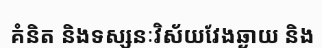
គំនិត និងទស្សនៈវិស័យវែងឆ្ងាយ និង